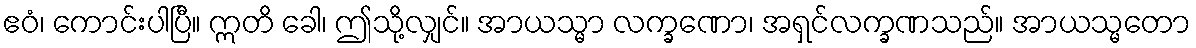
ဧဝံ၊ ကောင်းပါပြီ။ ဣတိ ခေါ၊ ဤသို့လျှင်။ အာယသ္မာ လက္ခဏော၊ အရှင်လက္ခဏသည်။ အာယသ္မတော